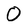
Character: O